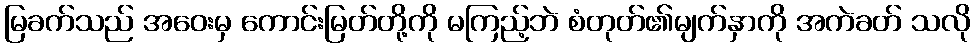
မြခက်သည် အဝေးမှ ကောင်းမြတ်တို့ကို မကြည့်ဘဲ စံတုတ်၏မျက်နှာကို အကဲခတ် သလို